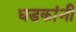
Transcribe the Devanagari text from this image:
धडकांनी